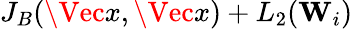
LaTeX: J_{B}(\Vec{x},\Vec{x})+L_{2}(\mathbf{W}_{i})